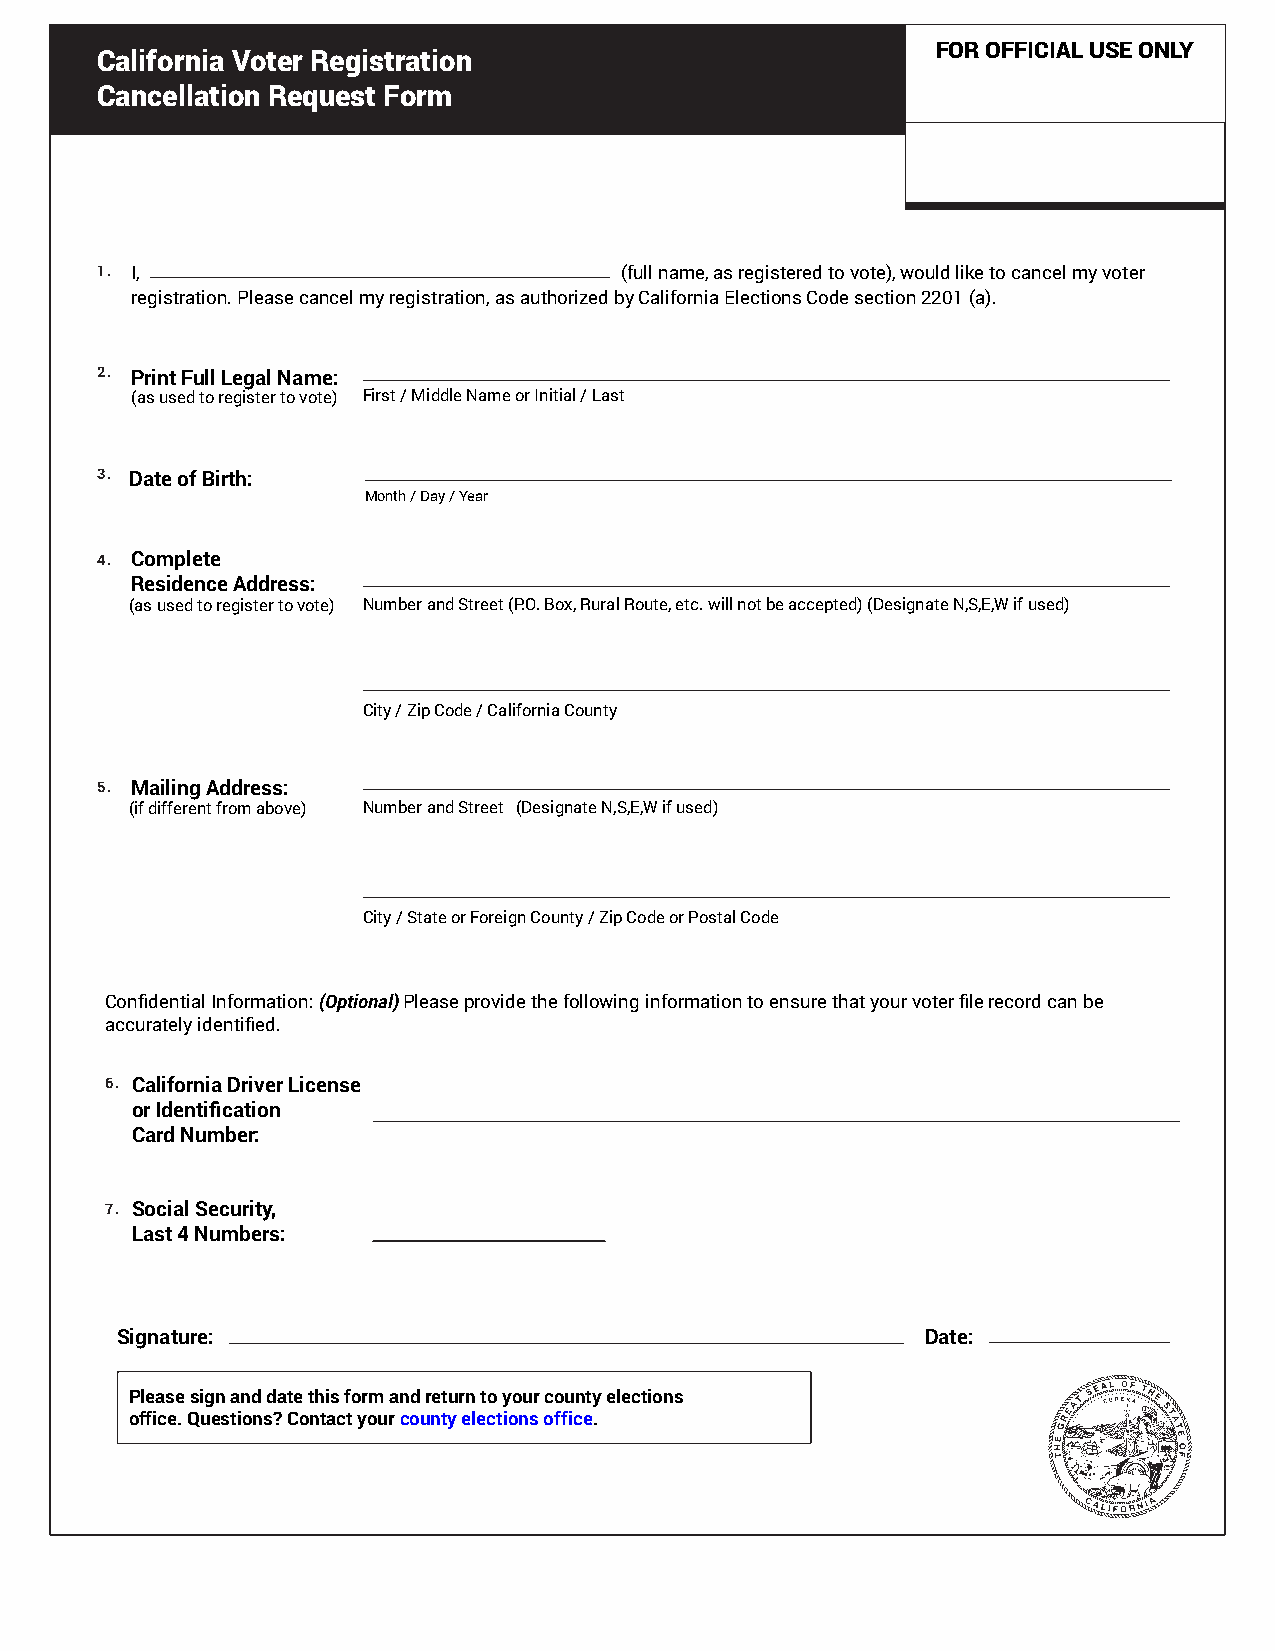
FOR OFFICIAL USE ONLY
 California Voter Registration
 Cancellation Request Form
 1. I,                              (full name, as registered to vote), would like to cancel my voter
 registration. Please cancel my registration, as authorized by California Elections Code section 2201 (a).
 2. Print Full Legal Name:
 (as used to register to vote) First / Middle Name or Initial / Last
 3. Date of Birth:
 Month / Day / Year
 4. Complete
 Residence Address:
 (as used to register to vote) Number and Street (P.O. Box, Rural Route, etc. will not be accepted) (Designate N,S,E,W if used)
 City / Zip Code / California County
 5. Mailing Address:
 (if different from above) Number and Street (Designate N,S,E,W if used)
 City / State or Foreign County / Zip Code or Postal Code
 Confidential Information: (Optional) Please provide the following information to ensure that your voter file record can be
 accurately identified.
 6. California Driver License
 or Identification
 Card Number:
 7. Social Security,
 Last 4 Numbers:
 Signature:                                           Date:
 Please sign and date this form and return to your county elections
 office. Questions? Contact your county elections office.